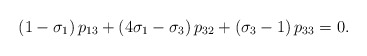
\begin{align*}\left( 1-\sigma_{1}\right) p_{13}+\left( 4\sigma_{1}-\sigma_{3}\right)p_{32}+\left( \sigma_{3}-1\right) p_{33}=0.\end{align*}